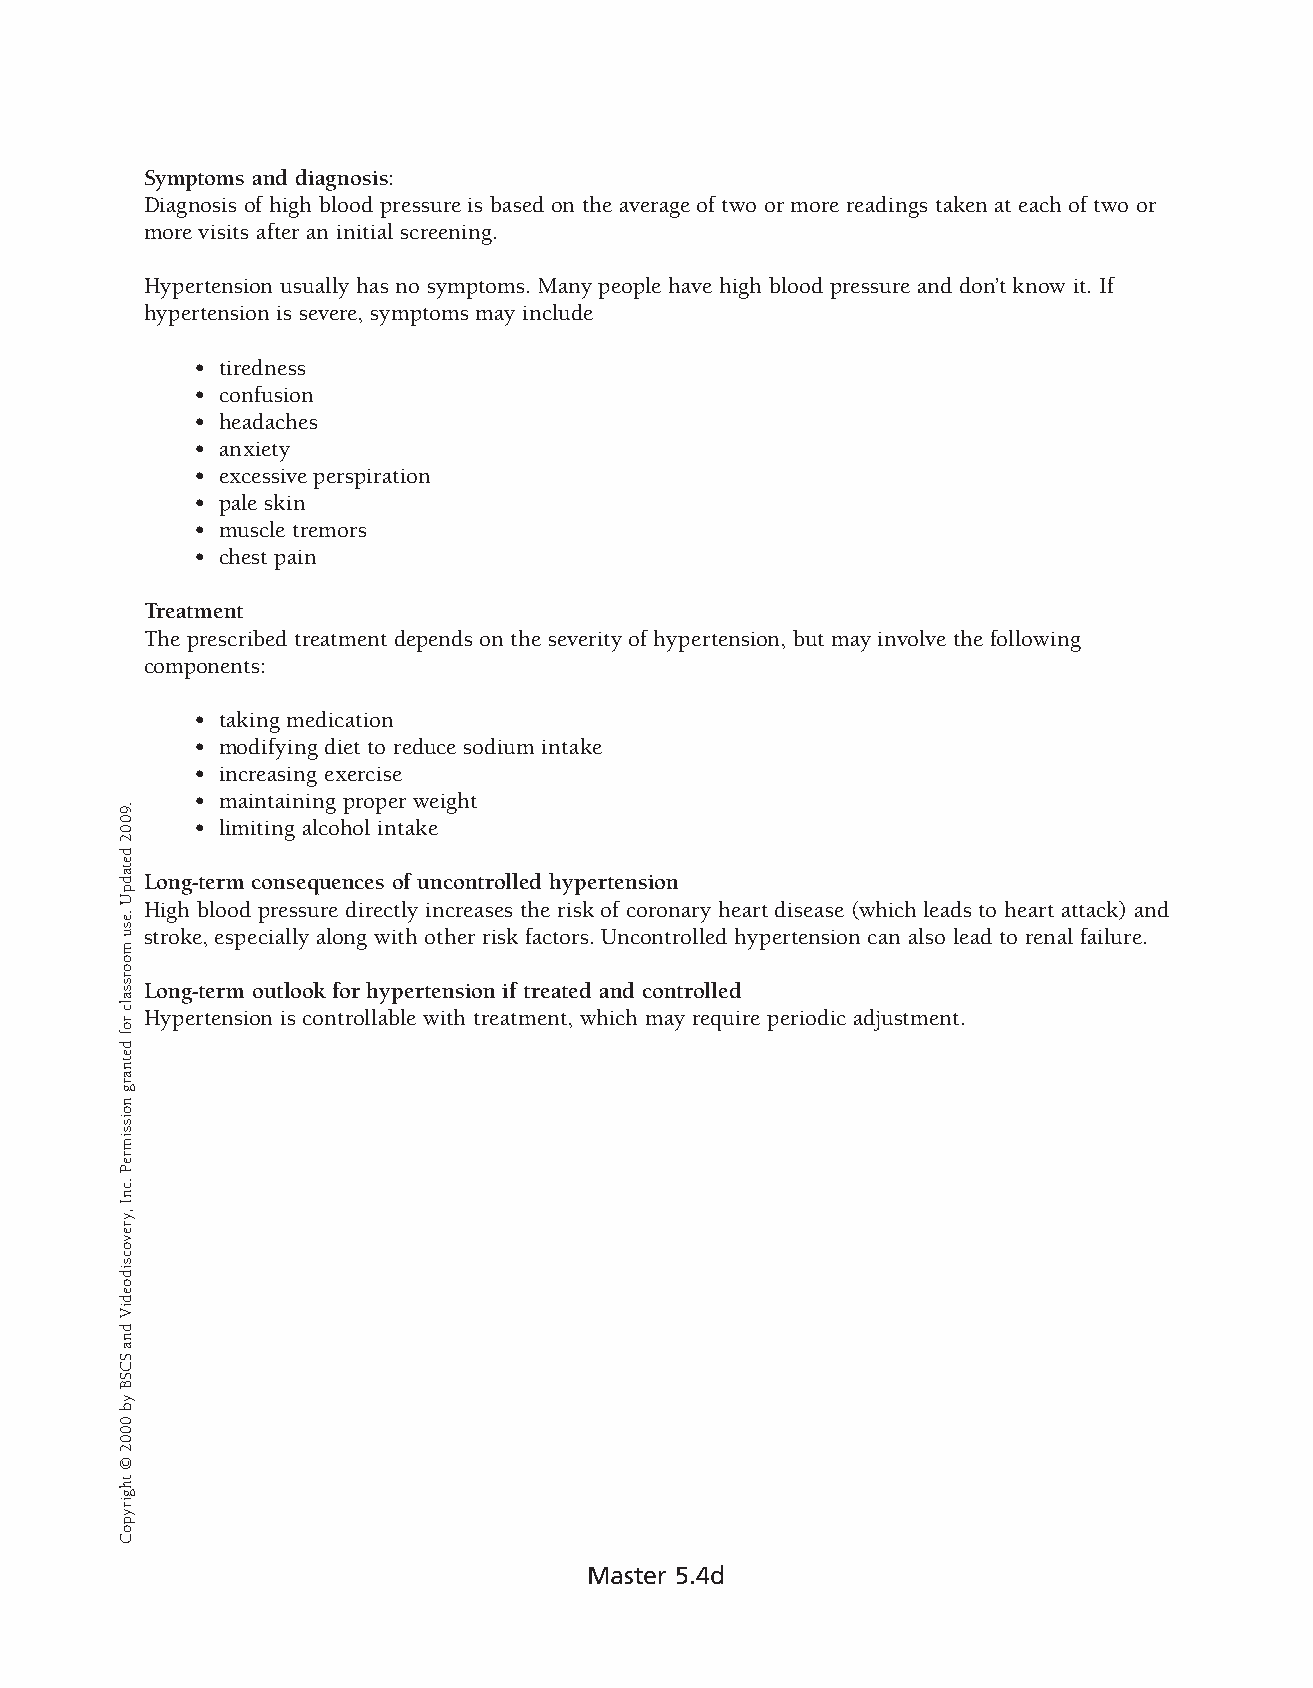
Symptoms and diagnosis:
 Diagnosis of high blood pressure is based on the average of two or more readings taken at each of two or
 more visits after an initial screening.
 Hypertension usually has no symptoms. Many people have high blood pressure and don’t know it. If
 hypertension is severe, symptoms may include
 • tiredness
 • confusion
 • headaches
 • anxiety
 • excessive perspiration
 • pale skin
 • muscle tremors
 • chest pain
 Treatment
 The prescribed treatment depends on the severity of hypertension, but may involve the follow ing
 components:
 • taking medication
 • modifying diet to reduce sodium intake
 • increasing exercise
 • maintaining proper weight
 • limiting alcohol intake
 Long-term consequences of uncontrolled hypertension
 High blood pressure directly increases the risk of coronary heart disease (which leads to heart attack) and
 stroke, especially along with other risk factors. Uncontrolled hypertension can also lead to renal failure.
 Long-term outlook for hypertension if treated and controlled
 Hypertension is controllable with treatment, which may require periodic adjustment.
 Master 5.4d
 .9002
 detadpU
 .esu
 moorssalc
 rof
 detnarg
 noissimreP
 .cnI
 ,yrevocsidoediV
 dna
 SCSB
 yb
 0002
 ©
 thgirypoC